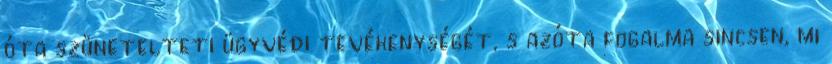
óta szünetelteti ügyvédi tevékenységét, s azóta fogalma sincsen, mi